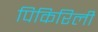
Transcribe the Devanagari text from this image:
पिकिरिली